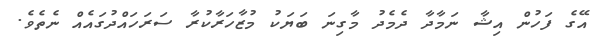
އޭގެ ފަހުން އިޝާ ނަމާދާ ދެމެދު މާގިނަ ބަޔަކު މުޒާހަރާކުރާ ސަރަހައްދުގައެއް ނެތެވެ.